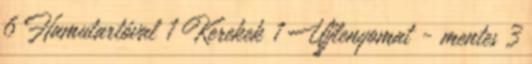
6 Hamutartóval 1 Kerekek 1 Ujjlenyomat - mentes 3